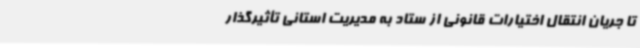
تا جریان انتقال اختیارات قانونی از ستاد به مدیریت استانی تأثیرگذار